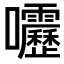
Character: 𫭁